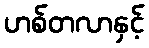
ဟစ်တလာနှင့်